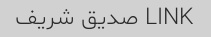
LINK صدیق شریف